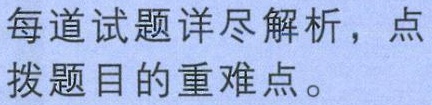
每道试题详尽解析，点拨题目的重难点。